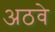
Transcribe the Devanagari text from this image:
अठवे